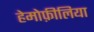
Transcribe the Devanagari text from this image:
हेमोफ़ीलिया